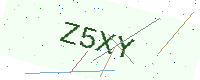
Text: Z5XY